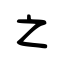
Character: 之